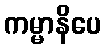
ကမ္မာနိပေ